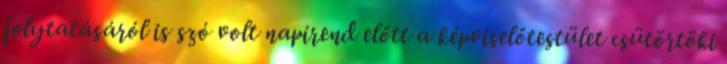
folytatásáról is szó volt napirend előtt a képviselőtestület csütörtöki